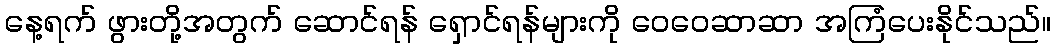
နေ့ရက် ဖွားတို့အတွက် ဆောင်ရန် ရှောင်ရန်များကို ဝေဝေဆာဆာ အကြံပေးနိုင်သည်။